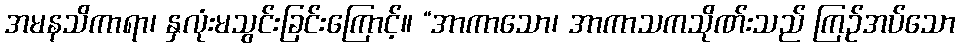
အမနသိကာရာ၊ နှလုံးမသွင်းခြင်းကြောင့်။ “အာကာသော၊ အာကာသကသိုဏ်းသည် ကြဉ်အပ်သော